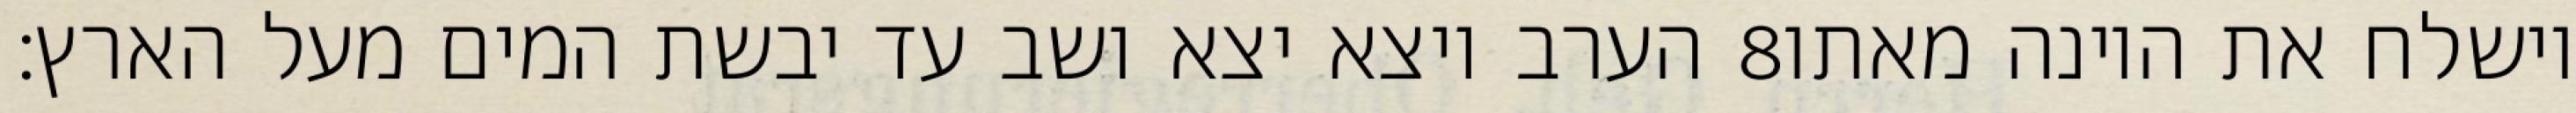
הערב ויצא יצא ושב עד יבשת המים מעל הארץ׃ ‎8‏ וישלח את היונה מאתו